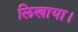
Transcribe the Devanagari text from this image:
लिखाया।